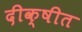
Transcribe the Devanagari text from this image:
दीक्षीत